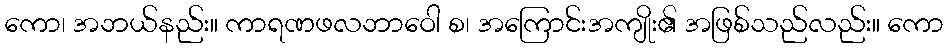
ကော၊ အဘယ်နည်း။ ကာရဏဖလဘာဝေါ စ၊ အကြောင်းအကျိုး၏ အဖြစ်သည်လည်း။ ကော